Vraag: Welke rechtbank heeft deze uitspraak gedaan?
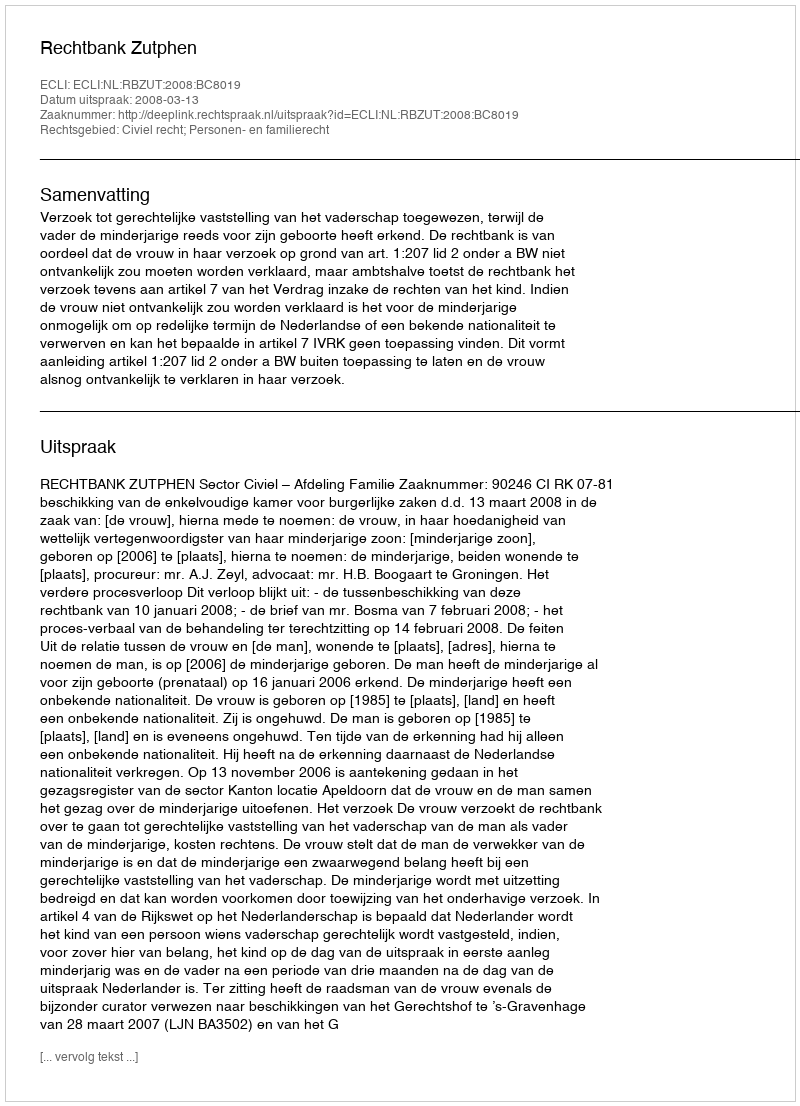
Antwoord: Rechtbank Zutphen